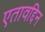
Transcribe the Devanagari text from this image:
एतावद्दिन